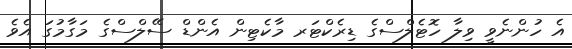
އެ ހުންނެވީ ވިލާ ހޮޓެލްސްގެ ޑިރެކްޓަރ މާކެޓިން އެންޑް ސޭލްސްގެ މަގާމުގަ އެވެ